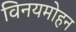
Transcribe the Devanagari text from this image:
विनयमोहन